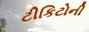
ટીકિટોની